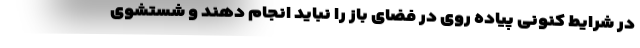
در شرایط کنونی پیاده روی در فضای باز را نباید انجام دهند و شستشوی